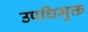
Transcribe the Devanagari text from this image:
उपधिमुक्त